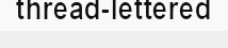
thread-lettered